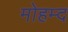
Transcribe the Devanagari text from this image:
मोहम्द